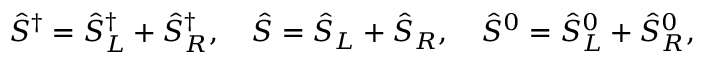
\hat { S } ^ { \dag } = \hat { S } _ { L } ^ { \dag } + \hat { S } _ { R } ^ { \dag } , \quad \hat { S } = \hat { S } _ { L } + \hat { S } _ { R } , \quad \hat { S } ^ { 0 } = \hat { S } _ { L } ^ { 0 } + \hat { S } _ { R } ^ { 0 } ,